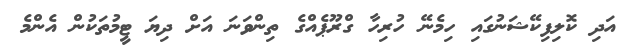
އަދި ކޮލިފިކޭޝަނުގައި ހިމެނޭ ހުރިހާ ގްރޫޕެއްގެ ތިންވަނަ އަށް ދިޔަ ޓީމުތަކުން އެންމެ